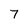
Character: 7